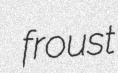
froust